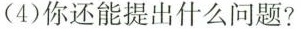
（4）你还能提出什么问题？